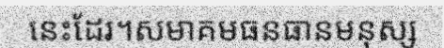
នេះដែរ។សមាគមធនធានមនុស្ស